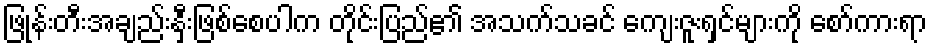
ဖြုန်းတီးအချည်းနှီးဖြစ်စေပါက တိုင်းပြည်၏ အသက်သခင် ကျေးဇူးရှင်များကို စော်ကားရာ